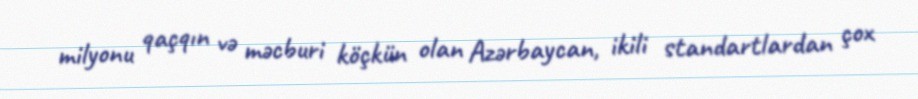
milyonu qaçqın və məcburi köçkün olan Azərbaycan, ikili standartlardan çox